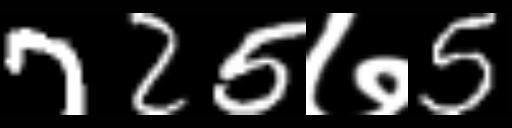
Text: 725७5